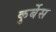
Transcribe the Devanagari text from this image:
कुर्बेस